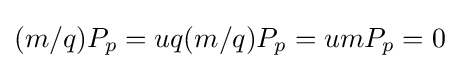
(m/q)P_{p}=uq(m/q)P_{p}=umP_{p}=0